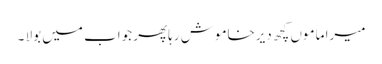
میرا ماموں کچھ دیرخاموش رہاپھر جواب میں بولا ۔